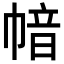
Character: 𢄈